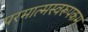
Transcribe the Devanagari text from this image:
परमात्मस्वरूपकम्